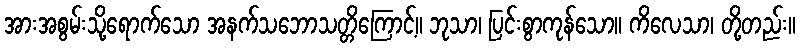
အားအစွမ်းသို့ရောက်သော အနက်သဘောသတ္တိကြောင့်။ ဘုသာ၊ ပြင်းစွာကုန်သော။ ကိလေသာ၊ တို့တည်း။